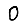
Digit: 0